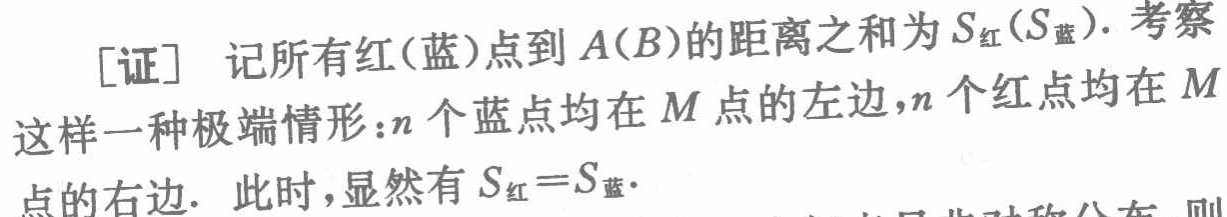
[证] 记所有红(蓝)点到 \(A(B)\) 的距离之和为 \(S_{红}(S_{蓝})\). 考察

这样一种极端情形：\(n\) 个蓝点均在 \(M\) 点的左边，\(n\) 个红点均在 \(M\)

点的右边. 此时，显然有 \(S_{红}=S_{蓝}\).